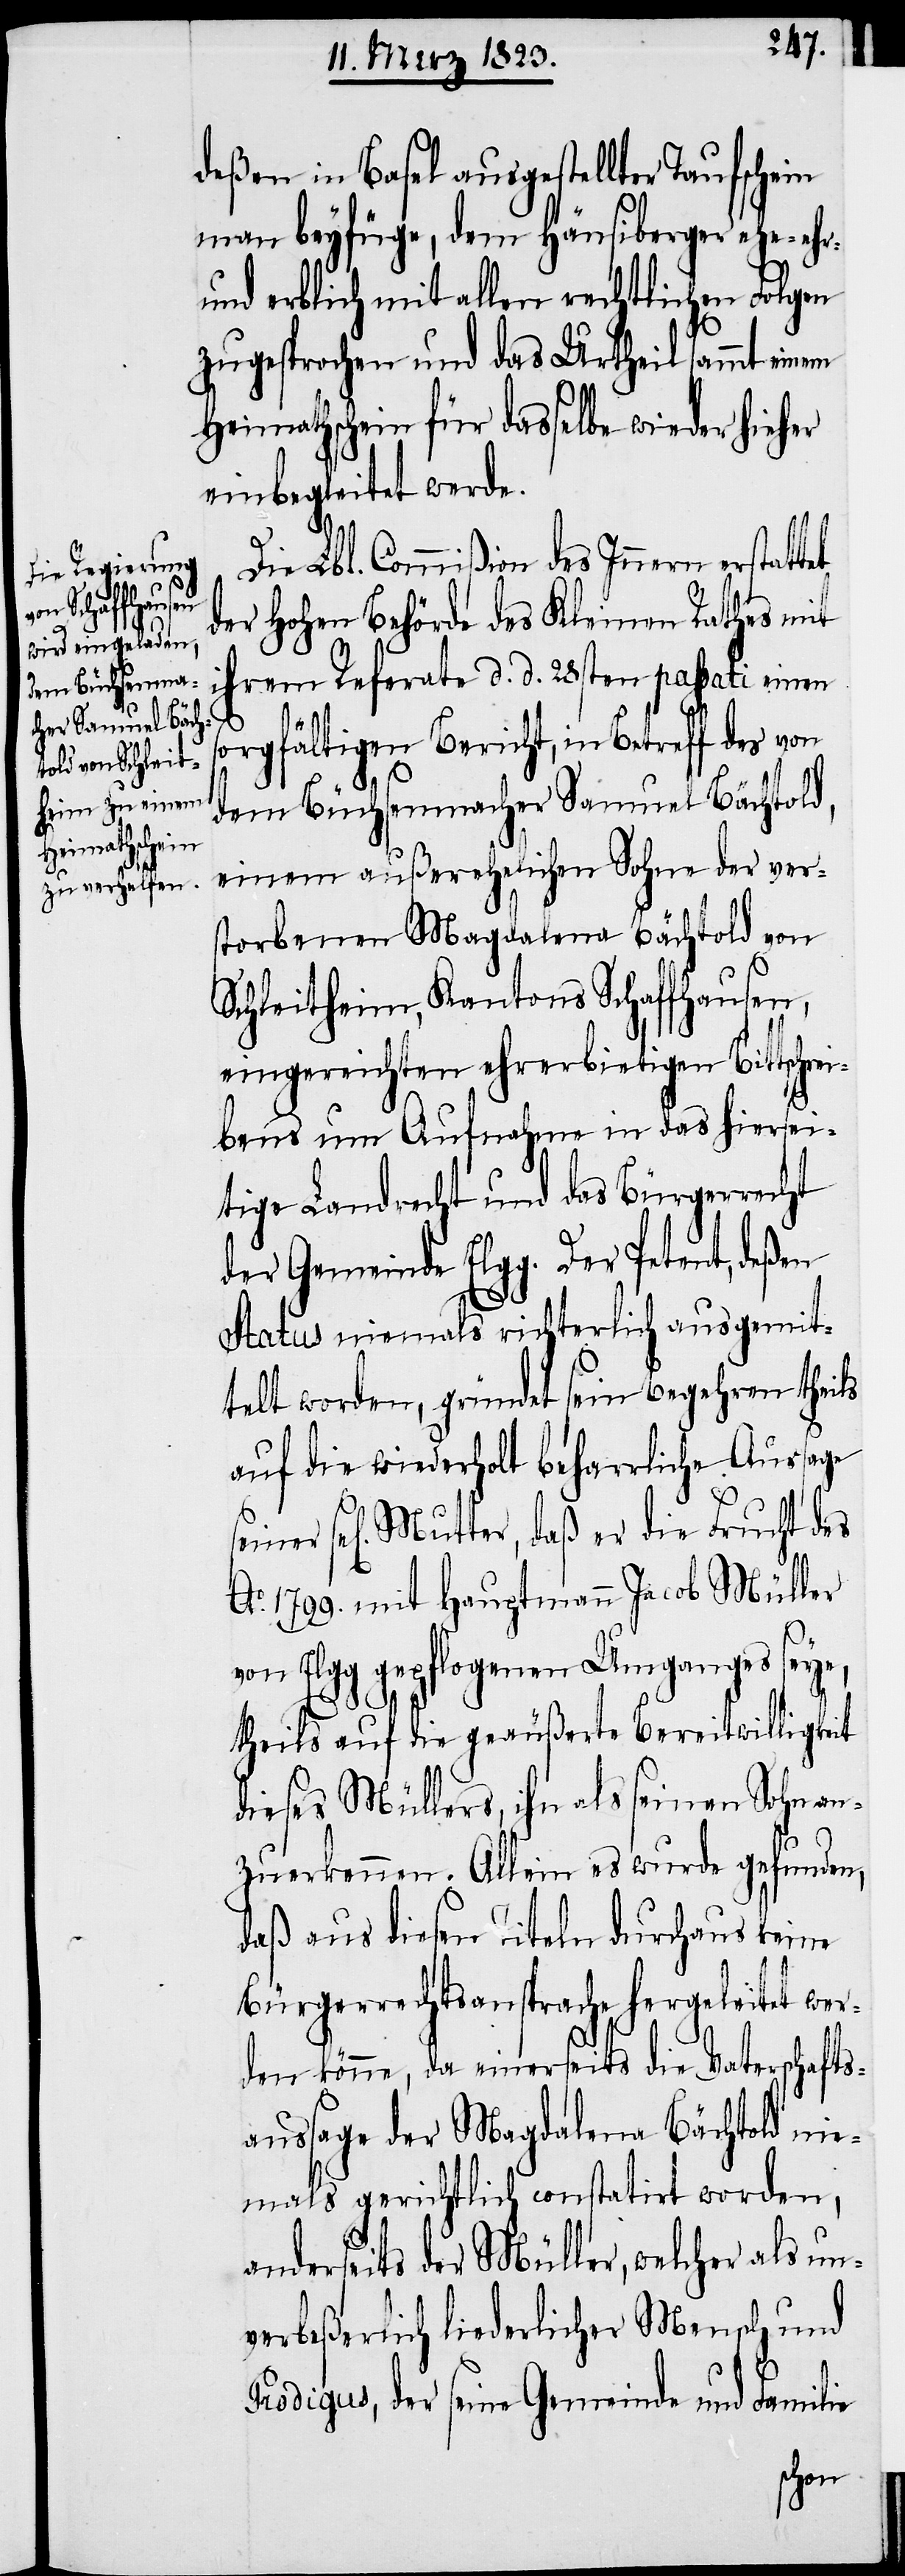
tet

deßen in Basel ausgestellter Taufschein
man beyfüge, dem Häusiberger ehe-[,]
und erblich mit allen rechtlichen Folgen
zugesprochen und das Urtheil sammt einem
Heimathschein für dasselbe wieder hieher
einbegleitet werde.
Die Lbl. Commißion des Innern erstat¬
der Hohen Behörde des Kleinen Rathes mit
ihrem Referate d. d. 28sten passati einen
sorgfältigen Bericht, in Betreff des von
dem Büchsenmacher Samuel Bächtold,
einem außerehelichen Sohne der ver¬
storbenen Magdalena Bächtold von
Schleitheim, Kantons Schaffhausen,
eingereichten ehrerbietigen Bittschre¬
ibens um Aufnahme in das hiersei¬
tige Landrecht und das Bürgerrecht
der Gemeinde Elgg. Der Petent, deßen
Status niemals richterlich ausgemit¬
telt worden, gründet sein Begehren theils
auf die wiederholt beharrliche Aussage
sel[igen] Mutter, daß er die Frucht des
Ao. 1799. mit Hauptmann Jacob Müller
von Elgg gepflogenen Umganges seye,
theils auf die geäußerte Bereitwilligkeit
dieses Müllers, ihn als seinen Sohn an¬
zuerkennen. Allein es wurde gefunden,
daß aus diesen Titeln durchaus keine
Bürgerrechtsansprache hergeleitet wer¬
den könne, da einerseits die Vaterschafts¬
aussage der Magdalena Bächtold nie¬
mals gerichtlich constatirt worden,
anderseits der Müller, welcher als un¬
verbeßerlich liederlicher Mensch und
Prodigus, der seine Gemeinde und Familie